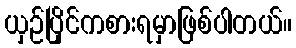
ယှဉ်ပြိုင်ကစားရမှာဖြစ်ပါတယ်။